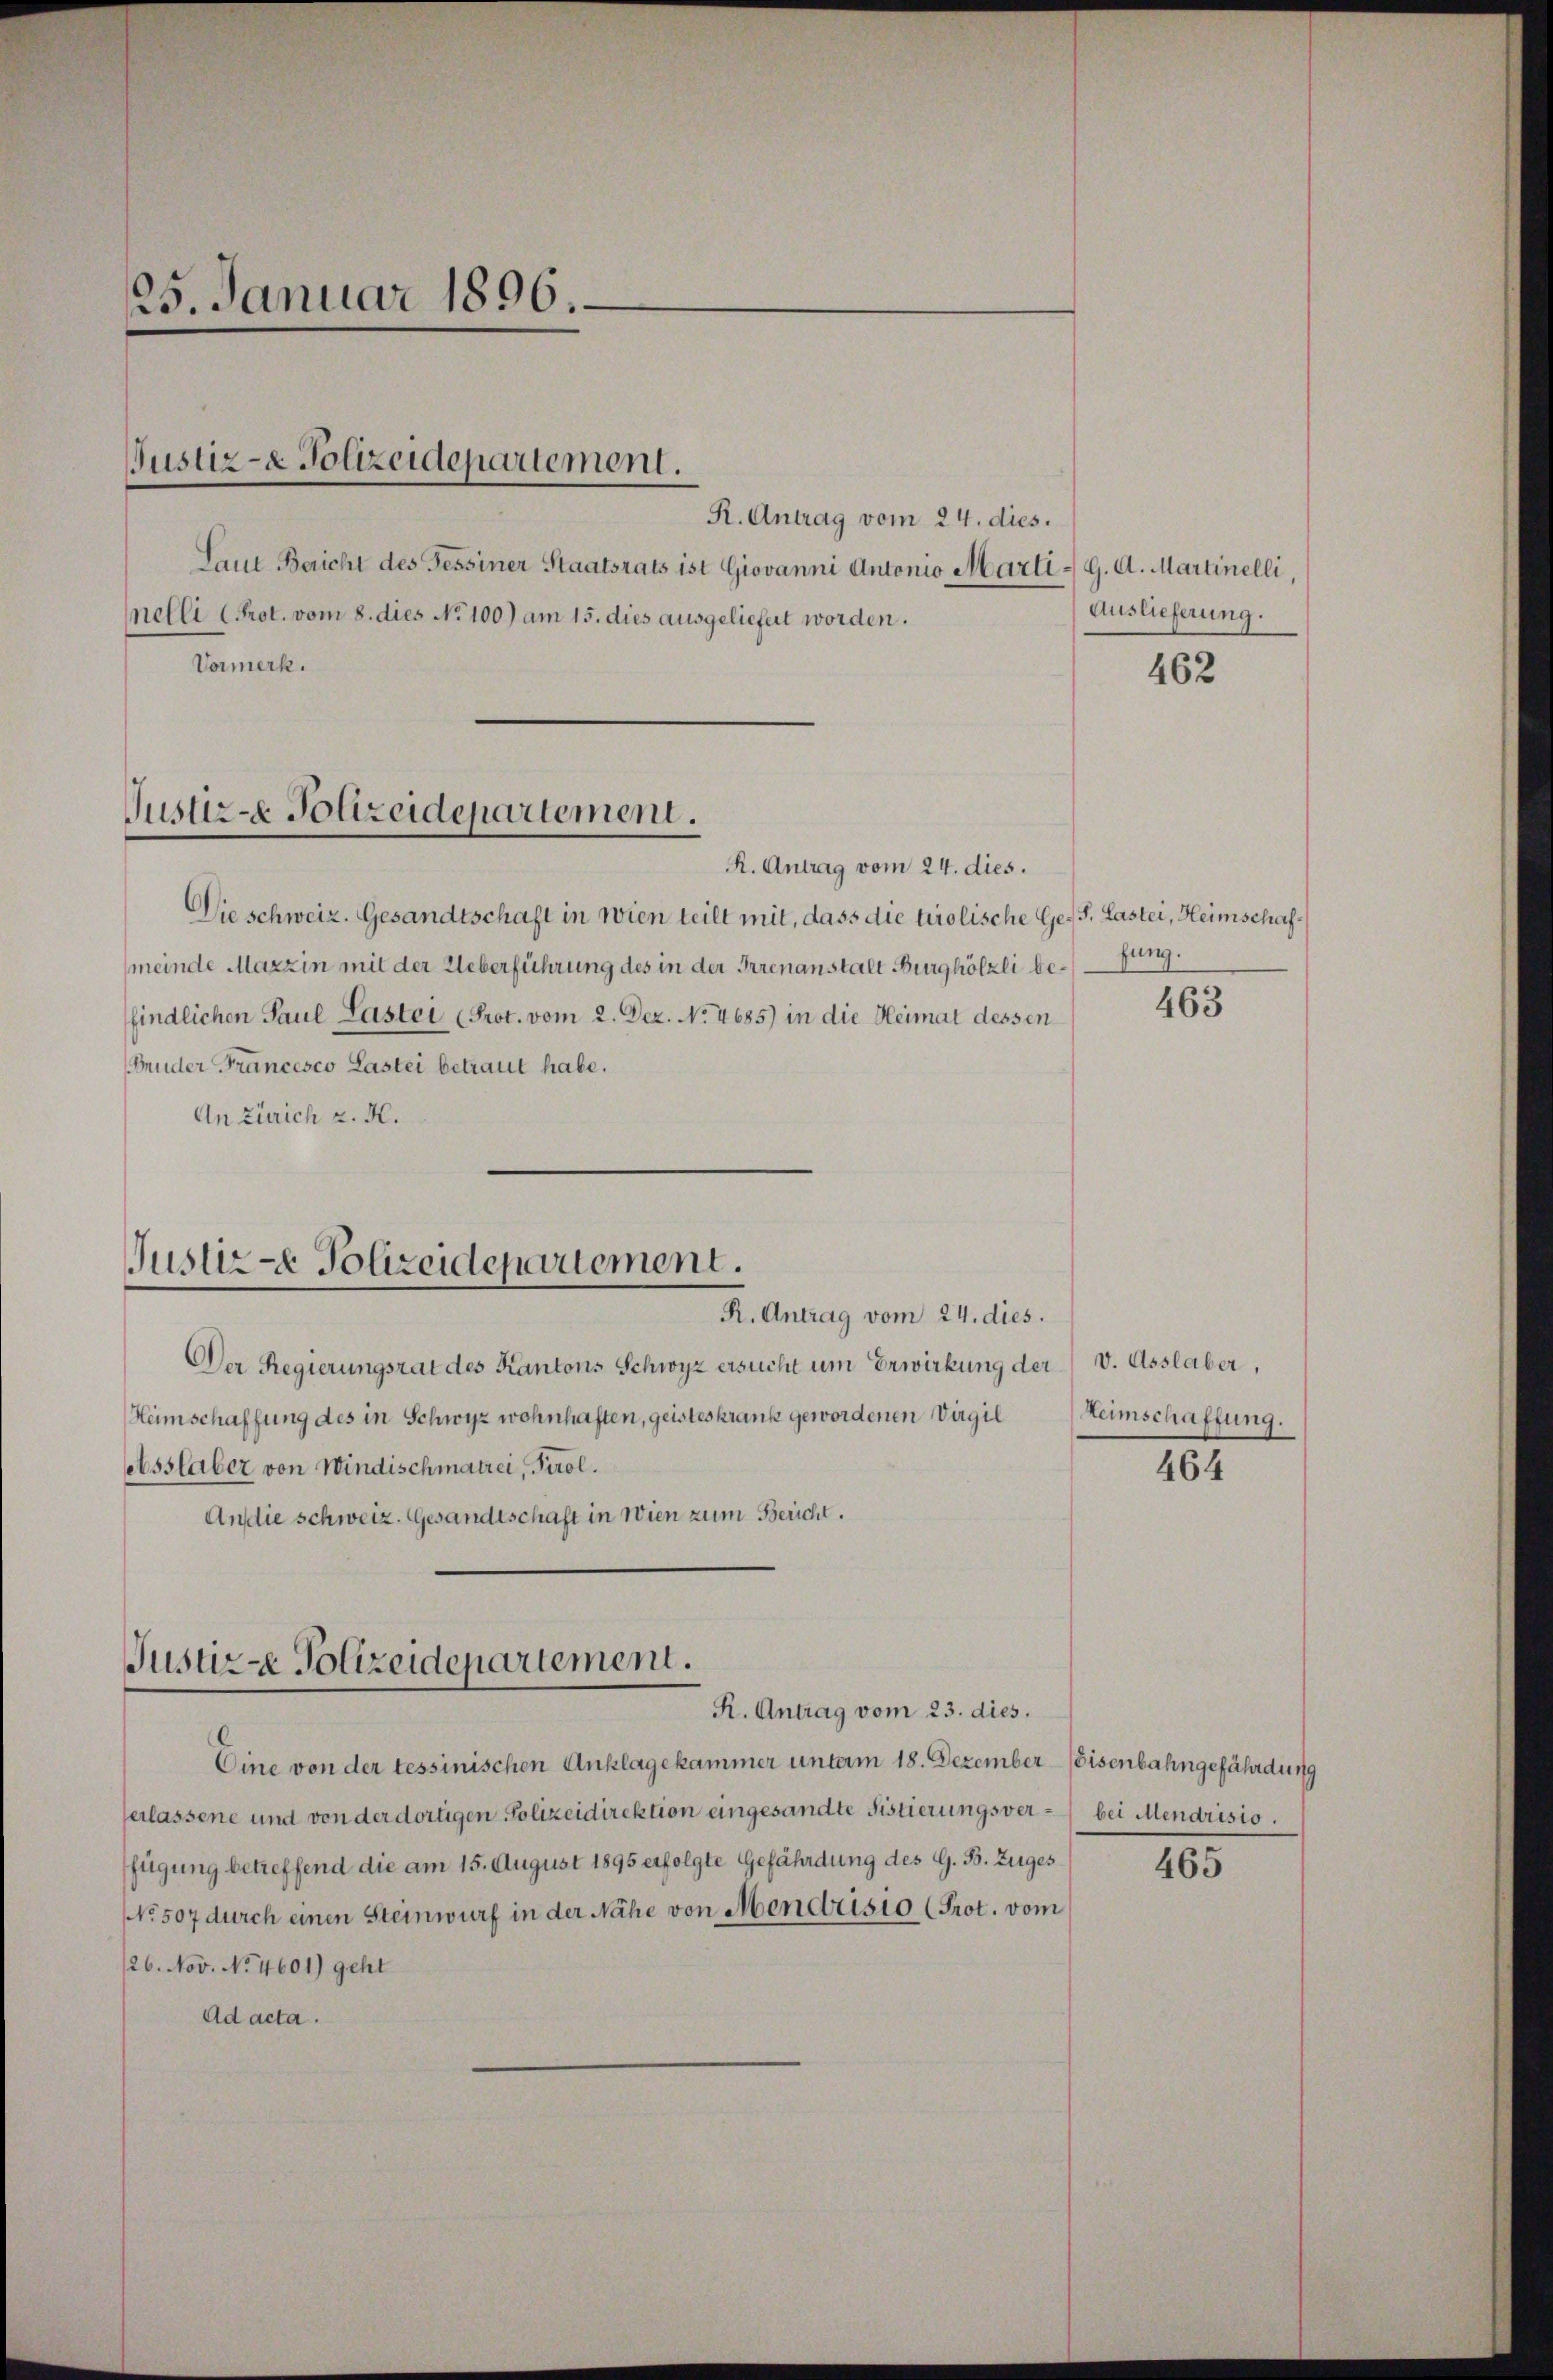
25. Januar 1896.

nelli (Prot. vom 8. dies No 100) am 15. dies ausgeliefert worden.
Vormerk.

Justiz- & Polizeidepartement.

R. Antrag vom 24. dies.
Laut Bericht des Tessiner Staatsrats ist Giovanni Antonio Marti - 9. A. Martinelli,

Puster- Polizeidepartement.

R. Antrag vom 24. dies.
Die schweiz. Gesandtschaft in wien teilt mit, dass die tirolische Ge-S. Lastei, Heimschafmeinde Marzin mit der Ueberführung des in der Irrenanstalt Burghölzli befindlichen Paul Laster (Prot. vom 2. Dez. No. 4685) in die Heimat dessen
Bruder Francesco Lastei betraut habe.
An Zürich z. K.

Justiz - Polizeidepartement.
R. Antrag vom 24. dies.

Justiz - Polizeidepartement.

Der Regierungsrat des Kantons Schwyz ersucht um Erwirkung der v. Asslaber,
Heimschaffung des in Schwyz wohnhaften, geisteskrank gewordenen Virgil
elsstaber von Windischmatrei, Pirol.
Ansdie schweiz. Gesandtschaft in Wien zum Bericht.

Eine von der tessinischen Anklagekammer unterm 18. Dezember Eisenbahngefährdung
erlassene und von der dortigen Polizeidirektion eingesandte Sistierungsver- bei Mendrisio.
ffügung betreffend die am 15. August 1895 erfolgte Gefährdung des G. B. Zuges
NNo. 507 durch einen Steinwurf in der Nähe von Mendrisio (Prot. vom
126. Nov. No. 4601) geht
Ad acta.

R. Antrag vom 23. dies

Auslieferung.

462

fung.

463

Heimschaffung.

464

465